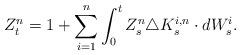
LaTeX: \begin{align*}Z_t^n=1+\sum_{i=1}^n \int_0^t Z_s^n \triangle K_s^{i,n}\cdot dW_s^i.\end{align*}